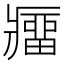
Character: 𰤁